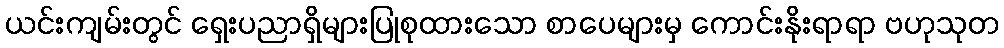
ယင်းကျမ်းတွင် ရှေးပညာရှိများပြုစုထားသော စာပေများမှ ကောင်းနိုးရာရာ ဗဟုသုတ